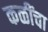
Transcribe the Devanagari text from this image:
कळींचा